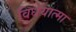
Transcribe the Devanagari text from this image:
विधेयात्मा